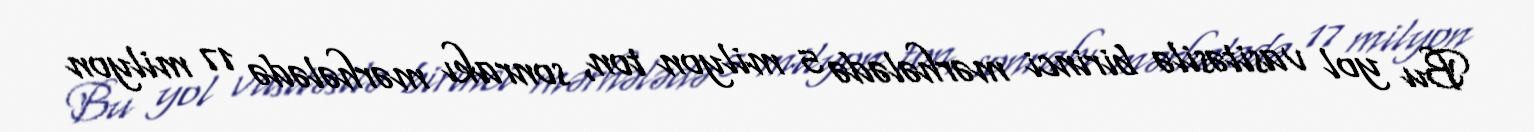
Bu yol vasitəsilə birinci mərhələdə 5 milyon ton, sonrakı mərhələdə 17 milyon